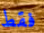
فقط